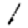
Digit: 1